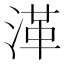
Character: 㴖